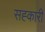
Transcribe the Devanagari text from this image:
सह्कारी